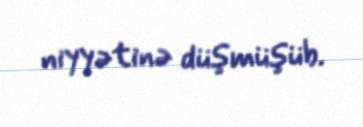
niyyətinə düşmüşüb.